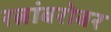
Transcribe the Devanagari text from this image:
रत्नांबरोबर